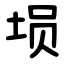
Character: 埙